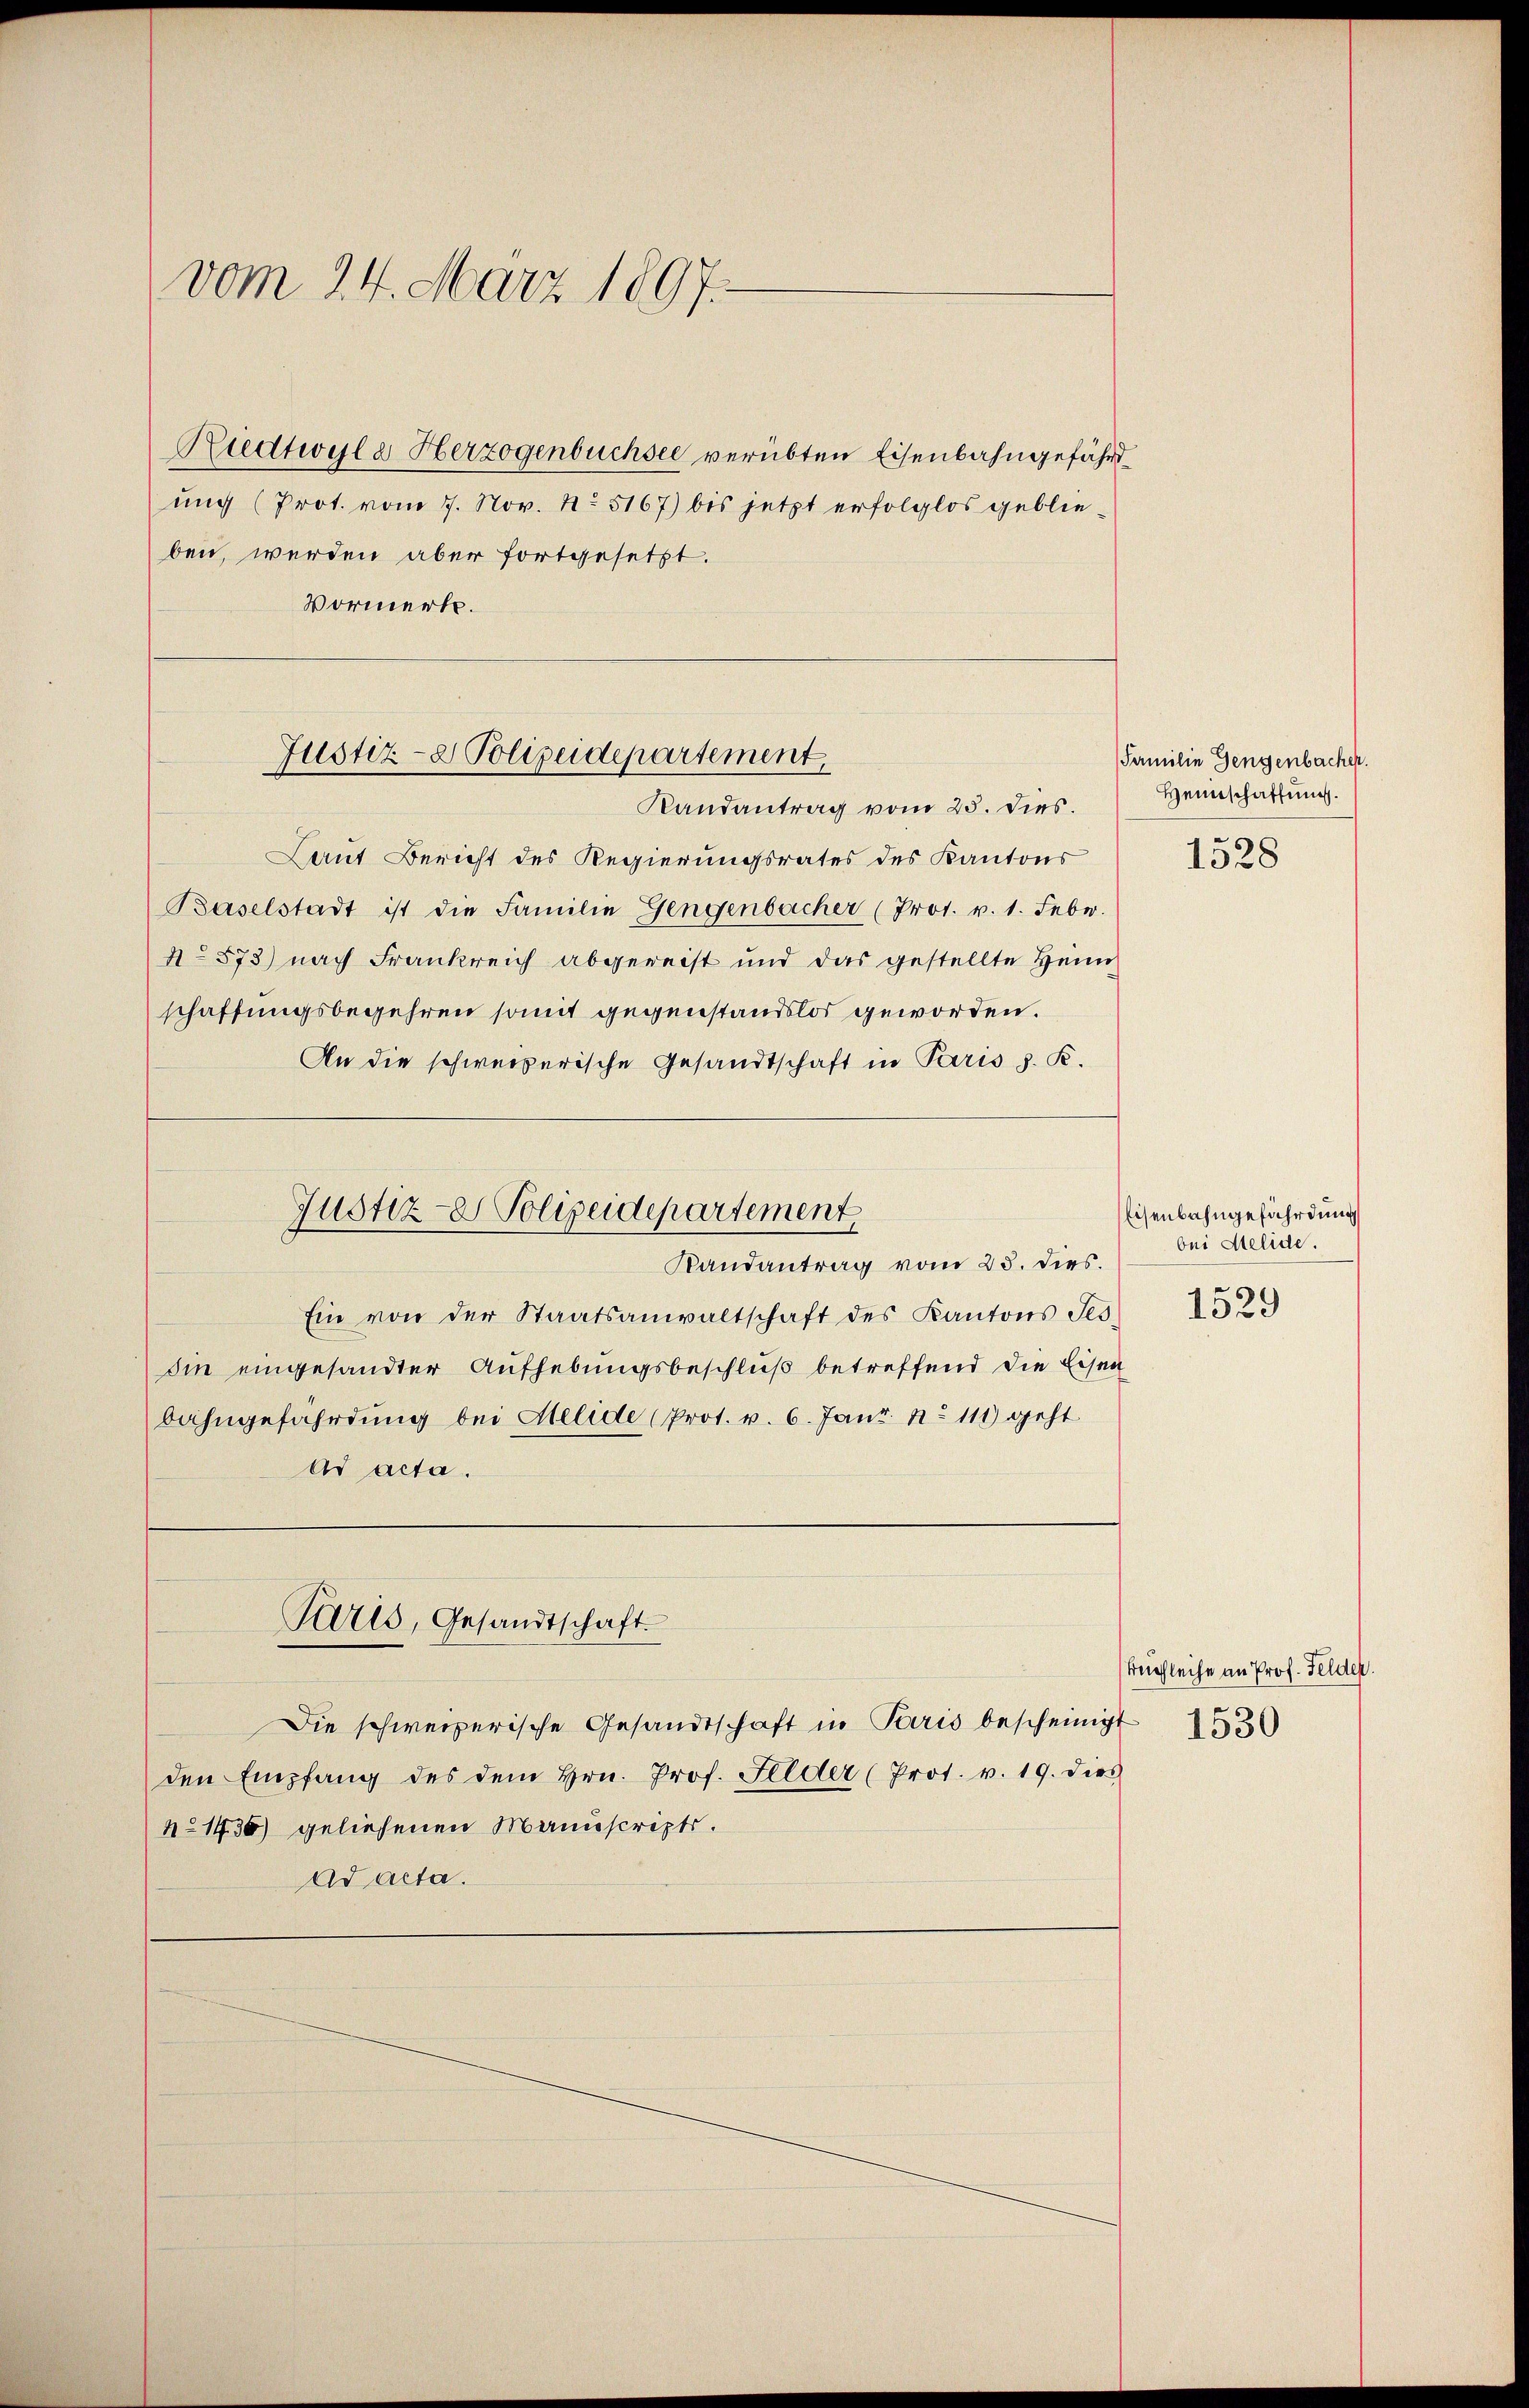
vom 24. März 1897.

Riedtwald Herzogenbuchsee verübten Eisenbahngefährd
ung (Prot. vom 7. Nov. 1. 5167) bis jetzt erfolglos geblieben, werden aber fortgesetzt.
Vormerk.

Justiz- & Polizeidepartement,

Puris, Gesandtschaft.

Randantrag vom 25. dies.
Laut Bericht des Regierungsrates des Kantons
Baselstadt ist die Familie Gengenbacher (Prot. v. 1. Febr.
No 873) nach Frankreich abgereist und das gestellte Heim
schaffungsbegehren somit gegenstandslos geworden.
An die schweizerische Gesandtschaft in Paris s. K.
Justiz- Polizeidepartement
Randantrag vom 23. dies.
Ein von der Staatsanwaltschaft des Kantons Tes-
sin eingesandter Aufhebungsbeschluß betreffend die Eisen
bahngefährdung bei Melide (Prot. v. 6. Janr. No 111) geht
Ad acta.

Die schweizerische Gesandtschaft in Paris bescheinigt 530
den Empfang des dem Hrn. Prof. Felder (Prot. v. 19. dies
No 1436) geliehenen Manuscripts.
ad acta.

Familie Gengenbacher.
Heimschaffung.
1528

Eisenbahngefährdung
bei Melide.

1529

Buchleihe an Prof. Felder.